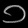
Digit: ၁